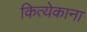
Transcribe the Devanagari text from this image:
कित्येकाना